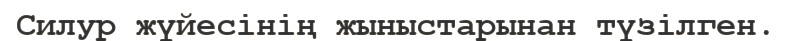
Силур жүйесінің жыныстарынан түзілген.